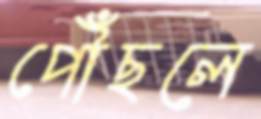
পৌঁছলে